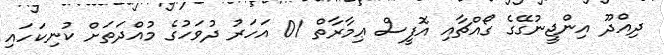
ދިއްދޫ އިންޖީނުގޭގެ ގޯއްޗާއި އޮފީސް ޢިމާރާތް 01 އަހަރު ދުވަހުގެ މުއްދަތަށް ކުނިކަހައި